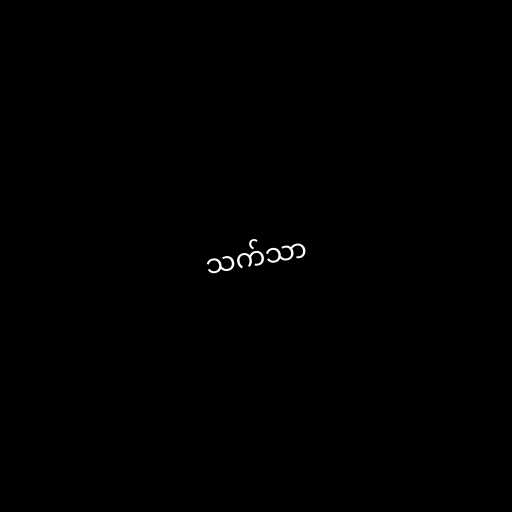
သက်သာ